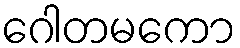
ဂေါတမကော